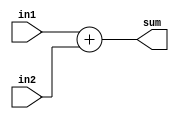
// ECE5440
// Module: adder.v
// 
module adder (in1, in2, sum);

	input [3:0]in1, in2;
	output [3:0] sum;
	reg [3:0] sum;

	always @ (in1, in2)
		begin
			sum = in1 + in2;
		end
endmodule